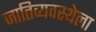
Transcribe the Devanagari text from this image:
जातिव्यवस्थेला